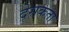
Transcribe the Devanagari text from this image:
देसकता